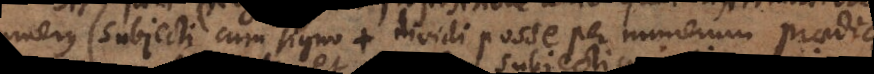
numerus subjecti cum signo + dividi posse per numerum praedicati